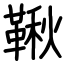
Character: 鞦